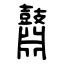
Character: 鼘